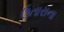
ઉતારાના